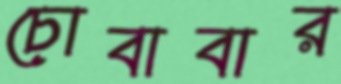
চোবাবার